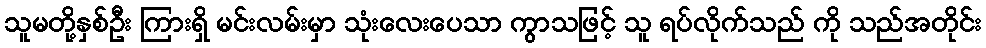
သူမတို့နှစ်ဦး ကြားရှိ မင်းလမ်းမှာ သုံးလေးပေသာ ကွာသဖြင့် သူ ရပ်လိုက်သည် ကို သည်အတိုင်း